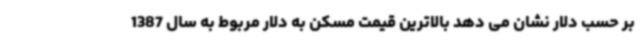
بر حسب دلار نشان می دهد بالاترین قیمت مسکن به دلار مربوط به سال 1387